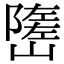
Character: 𡽃